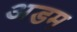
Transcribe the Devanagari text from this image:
अडम